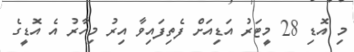
މި އޮޑި 28 މީޓަރު އަޑިއަށް ފެތިފައިވާ އިރު މިހާރު އެ އޮޑީގެ